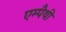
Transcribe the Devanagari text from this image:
एम्पैथी